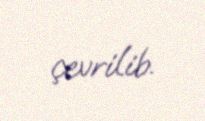
çevrilib.